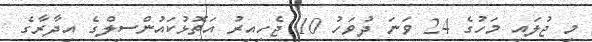
މި ޖުލައި މަހުގެ 24 ވަނަ ދުވަހު 10 ޖެހިއިރު އަތޮޅުކައުންސިލްގެ އިދާރާގެ